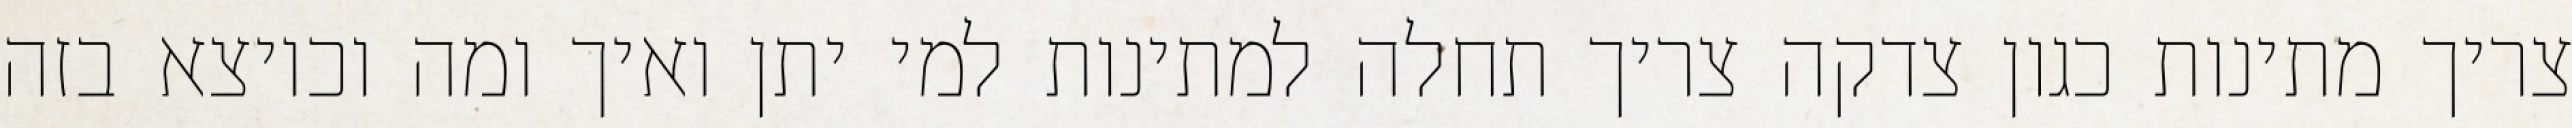
צריך מתינות כגון צדקה צריך תחלה למתינות למי יתן ואיך ומה וכיוצא בזה